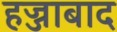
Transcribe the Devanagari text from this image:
हज्जाबाद